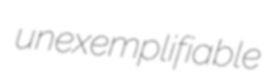
unexemplifiable